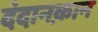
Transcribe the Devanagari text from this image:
दंदानक़ान